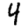
Digit: 4